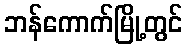
ဘန်ကောက်မြို့တွင်